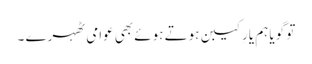
تو گویا ہم یارِ کیبن ہوتے ہوئے بھی عوامی ٹھہرے ۔